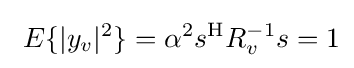
\ E\{|y_{v}|^{2}\}=\alpha ^{2}s^{\mathrm {H} }R_{v}^{-1}s=1